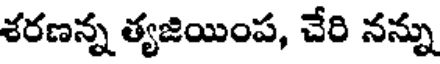
శరణన్న త్యజియింప, చేరి నన్ను